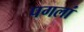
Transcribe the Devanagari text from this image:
पगलां